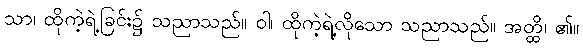
သာ၊ ထိုကဲ့ရဲ့ခြင်း၌ သညာသည်။ ဝါ၊ ထိုကဲ့ရဲ့လိုသော သညာသည်။ အတ္ထိ၊ ၏။